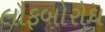
લૌફબોરોઘ